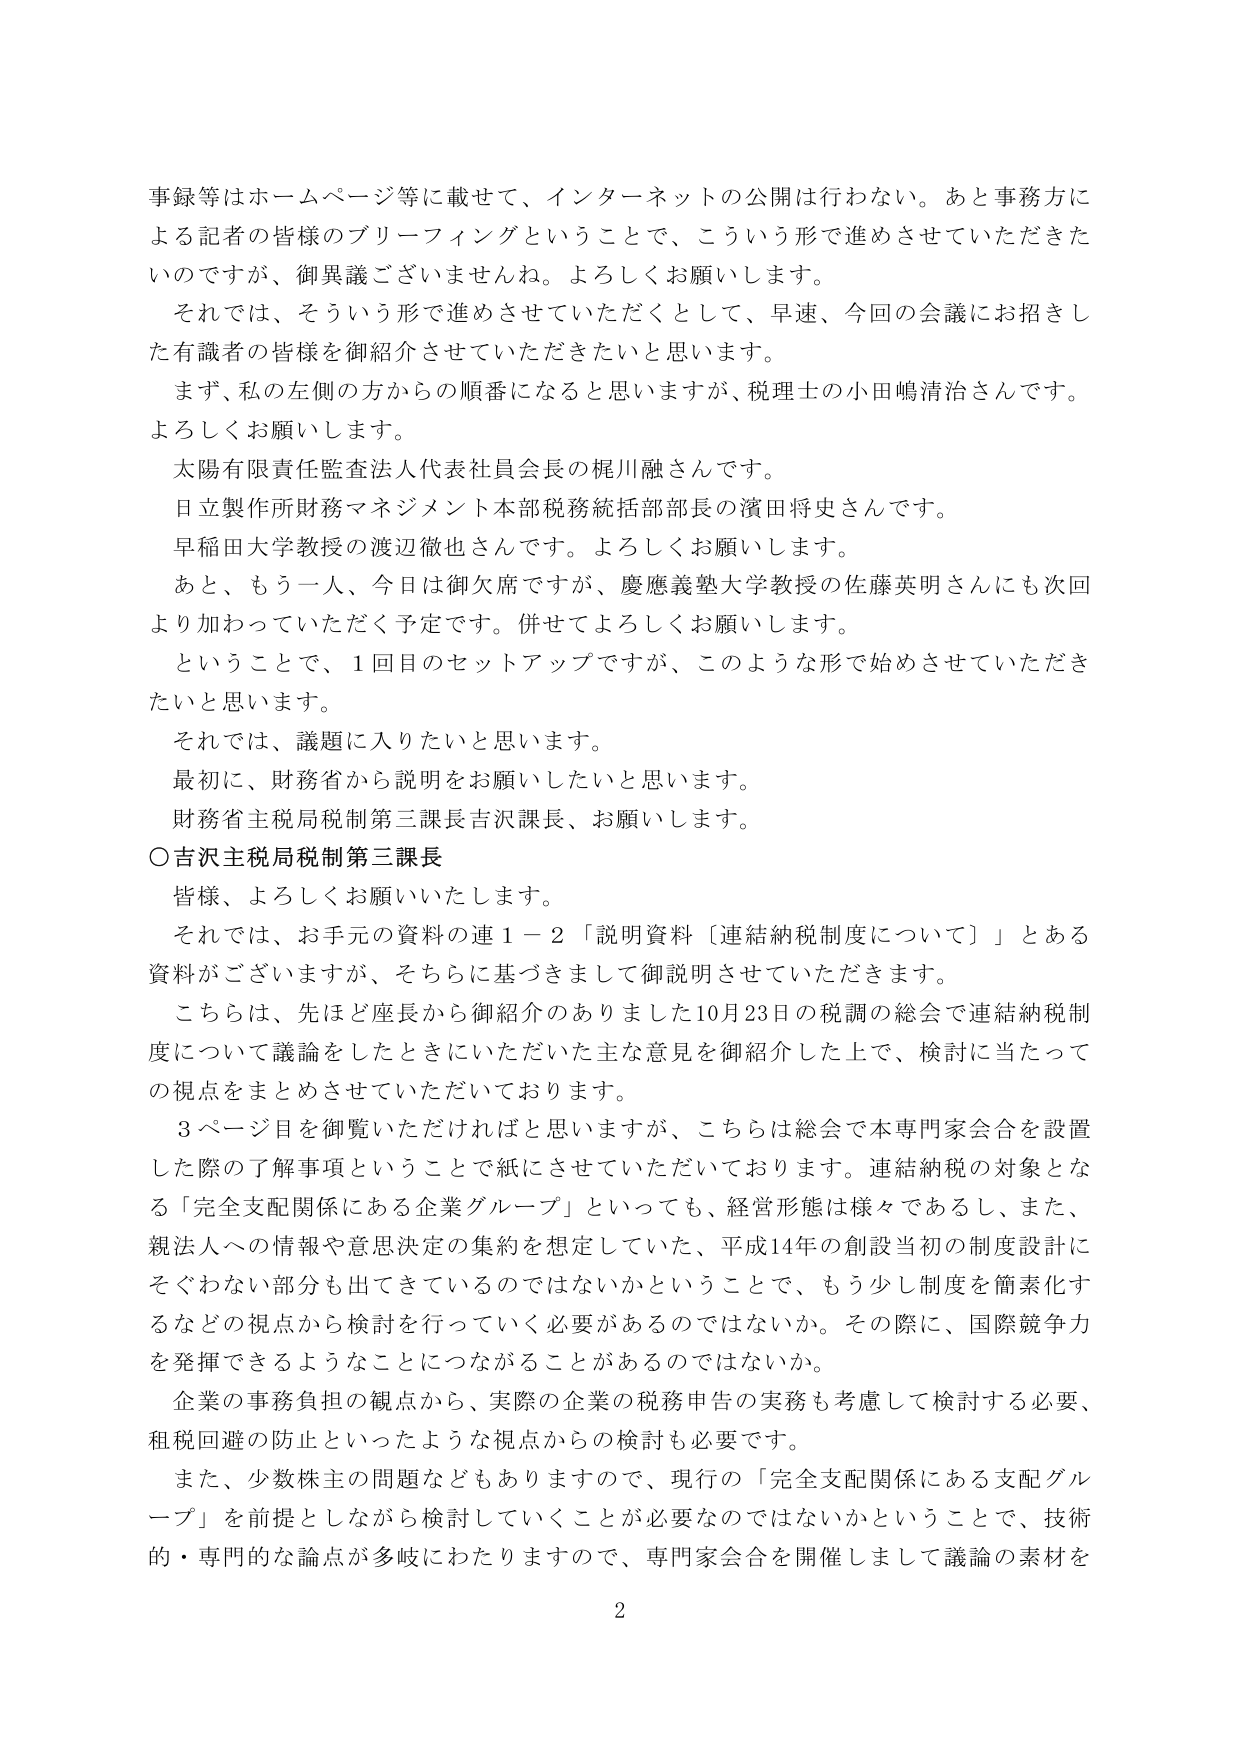
事録等はホームページ等に載せて、インターネットの公開は行わない。あと事務方による記者の皆様のブリーフィングということで、こういう形で進めさせていただいていますが、御異議ございませんね。よろしくお願いします。

それでは、そういう形で進めさせていただくとして、早速、今回の会議にお招きした有識者の皆様を御紹介させていただきたいと思います。

まず、私の左側の方からの順番になると思いますが、税理士の小田嶋清治さんです。よろしくお願いします。

太陽有限責任監査法人代表社員会長の梶川融さんです。

日立製作所財務マネジメント本部税務統括部部長の濱田将史さんです。

早稲田大学教授の渡辺徹也さんです。よろしくお願いします。

あと、もう一人、今日は御欠席ですが、慶應義塾大学教授の佐藤英明さんにも次回より加わっていただく予定です。併せてよろしくお願いします。

ということで、1回目のセットアップですが、このような形で始めさせていただきたいと思います。

それでは、議題に入りたいと思います。

最初に、財務省から説明をお願いしたいと思います。

財務省主税局税制第三課長吉沢課長、お願いします。

○吉沢主税局税制第三課長

皆様、よろしくお願いいたします。

それでは、お手元の資料の連1－2「説明資料〔連結納税制度について〕」とある資料がございますが、そちらに基づきまして御説明させていただきます。

こちらは、先ほど座長から御紹介のありました10月23日の税調の総会で連結納税制度について議論をしたときにいただいた主な意見を御紹介した上で、検討に当たっての視点をまとめさせていただいております。

3ページ目を御覧いただければと思いますが、こちらは総会で本専門家会合を設置した際の了解事項ということで紙にさせていただいております。連結納税の対象となる「完全支配関係にある企業グループ」といっても、経営形態は様々であるし、また、親法人への情報や意思決定の集約を想定していた、平成14年の創設当初の制度設計にそぐわない部分も出てきているのではないかということで、もう少し制度を簡素化するなどの視点から検討を行っていく必要があるのではないか。その際に、国際競争力を発揮できるようなことにつながることがあるのではないか。

企業の事務負担の観点から、実際の企業の税務申告の実務も考慮して検討する必要、租税回避の防止といったような視点からの検討も必要です。

また、少数株主の問題などもありますので、現行の「完全支配関係にある支配グループ」を前提としながら検討していくことが必要なのではないかということで、技術的・専門的な論点が多岐にわたりますので、専門家会合を開催しまして議論の素材を

2